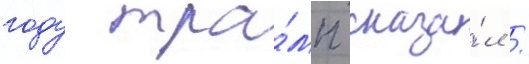
году тра́мп сказа́л /